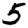
Digit: 5